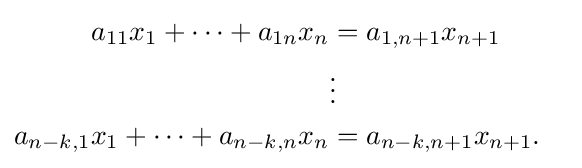
{\begin{aligned}a_{11}x_{1}+\cdots +a_{1n}x_{n}&=a_{1,n+1}x_{n+1}\\&\vdots &\\a_{n-k,1}x_{1}+\cdots +a_{n-k,n}x_{n}&=a_{n-k,n+1}x_{n+1}.\end{aligned}}